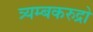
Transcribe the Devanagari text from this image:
त्र्यम्बकरुद्रो